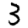
Digit: 3